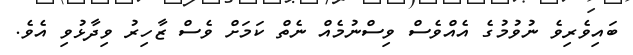
ބައިވެރިވެ ނުވުމުގެ އެއްވެސް ވިސްނުމެއް ނެތް ކަމަށް ވެސް ޒާހިރު ވިދާޅުވި އެވެ.